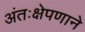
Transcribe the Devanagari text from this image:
अंतःक्षेपणाने